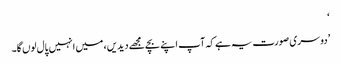
‘
’دوسری صورت یہ ہے کہ آپ اپنے بچے مجھے دیدیں، میں انہیں پال لوں گا۔